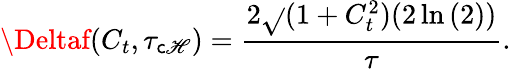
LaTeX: \Deltaf(C_{t},\tau_{\mathsf{c}\mathscr{H}})=\frac{{2\sqrt{}{{(1+C_{t}^{2})(2\ln{(2)})}}}}{{\tau}}.